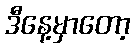
ဒီနေ့မှာတော့